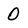
Character: 0